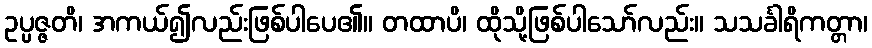
ဥပ္ပဇ္ဇတိ၊ အကယ်၍လည်းဖြစ်ပါပေ၏။ တထာပိ၊ ထိုသို့ဖြစ်ပါသော်လည်း။ သသင်္ခါရိကတ္တာ၊